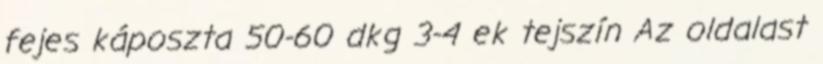
fejes káposzta 50-60 dkg 3-4 ek tejszín Az oldalast